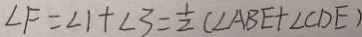
\angle F = \angle 1 + \angle 3 = \frac { 1 } { 2 } ( \angle A B E + \angle C D E )